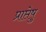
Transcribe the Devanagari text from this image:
प्राप्तेषु